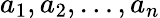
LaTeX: a_{1},a_{2},\dots,a_{n}